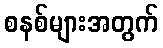
စနစ်များအတွက်